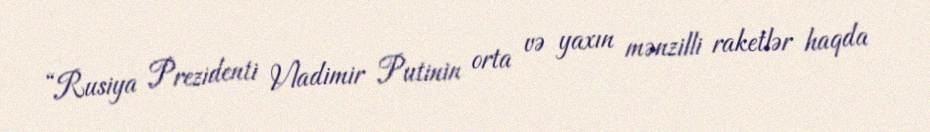
“Rusiya Prezidenti Vladimir Putinin orta və yaxın mənzilli raketlər haqda